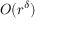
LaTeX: O ( r ^ { \delta } )